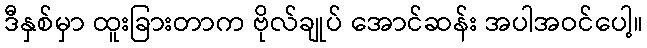
ဒီနှစ်မှာ ထူးခြားတာက ဗိုလ်ချုပ် အောင်ဆန်း အပါအဝင်ပေါ့။